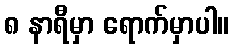
၈ နာရီမှာ ရောက်မှာပါ။